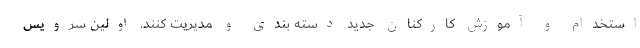
استخدام و آموزش کارکنان جدید دسته بندی و مدیریت کنند. اولین سرویس